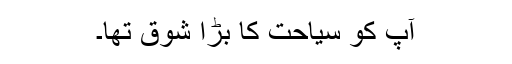
آپ کو سیاحت کا بڑا شوق تھا۔